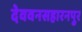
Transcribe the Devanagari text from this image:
देववनसहारनपुर